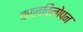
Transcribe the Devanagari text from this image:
कालविलोपन